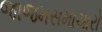
જાજમસમાચારો